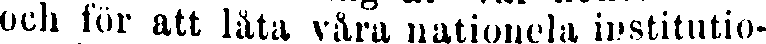
och för att låta våra nationela institutio-